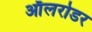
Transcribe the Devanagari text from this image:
ऑलरोडर